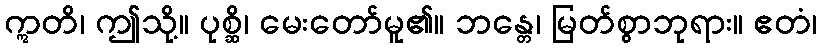
ဣတိ၊ ဤသို့။ ပုစ္ဆိ၊ မေးတော်မူ၏။ ဘန္တေ၊ မြတ်စွာဘုရား။ ဧတံ၊